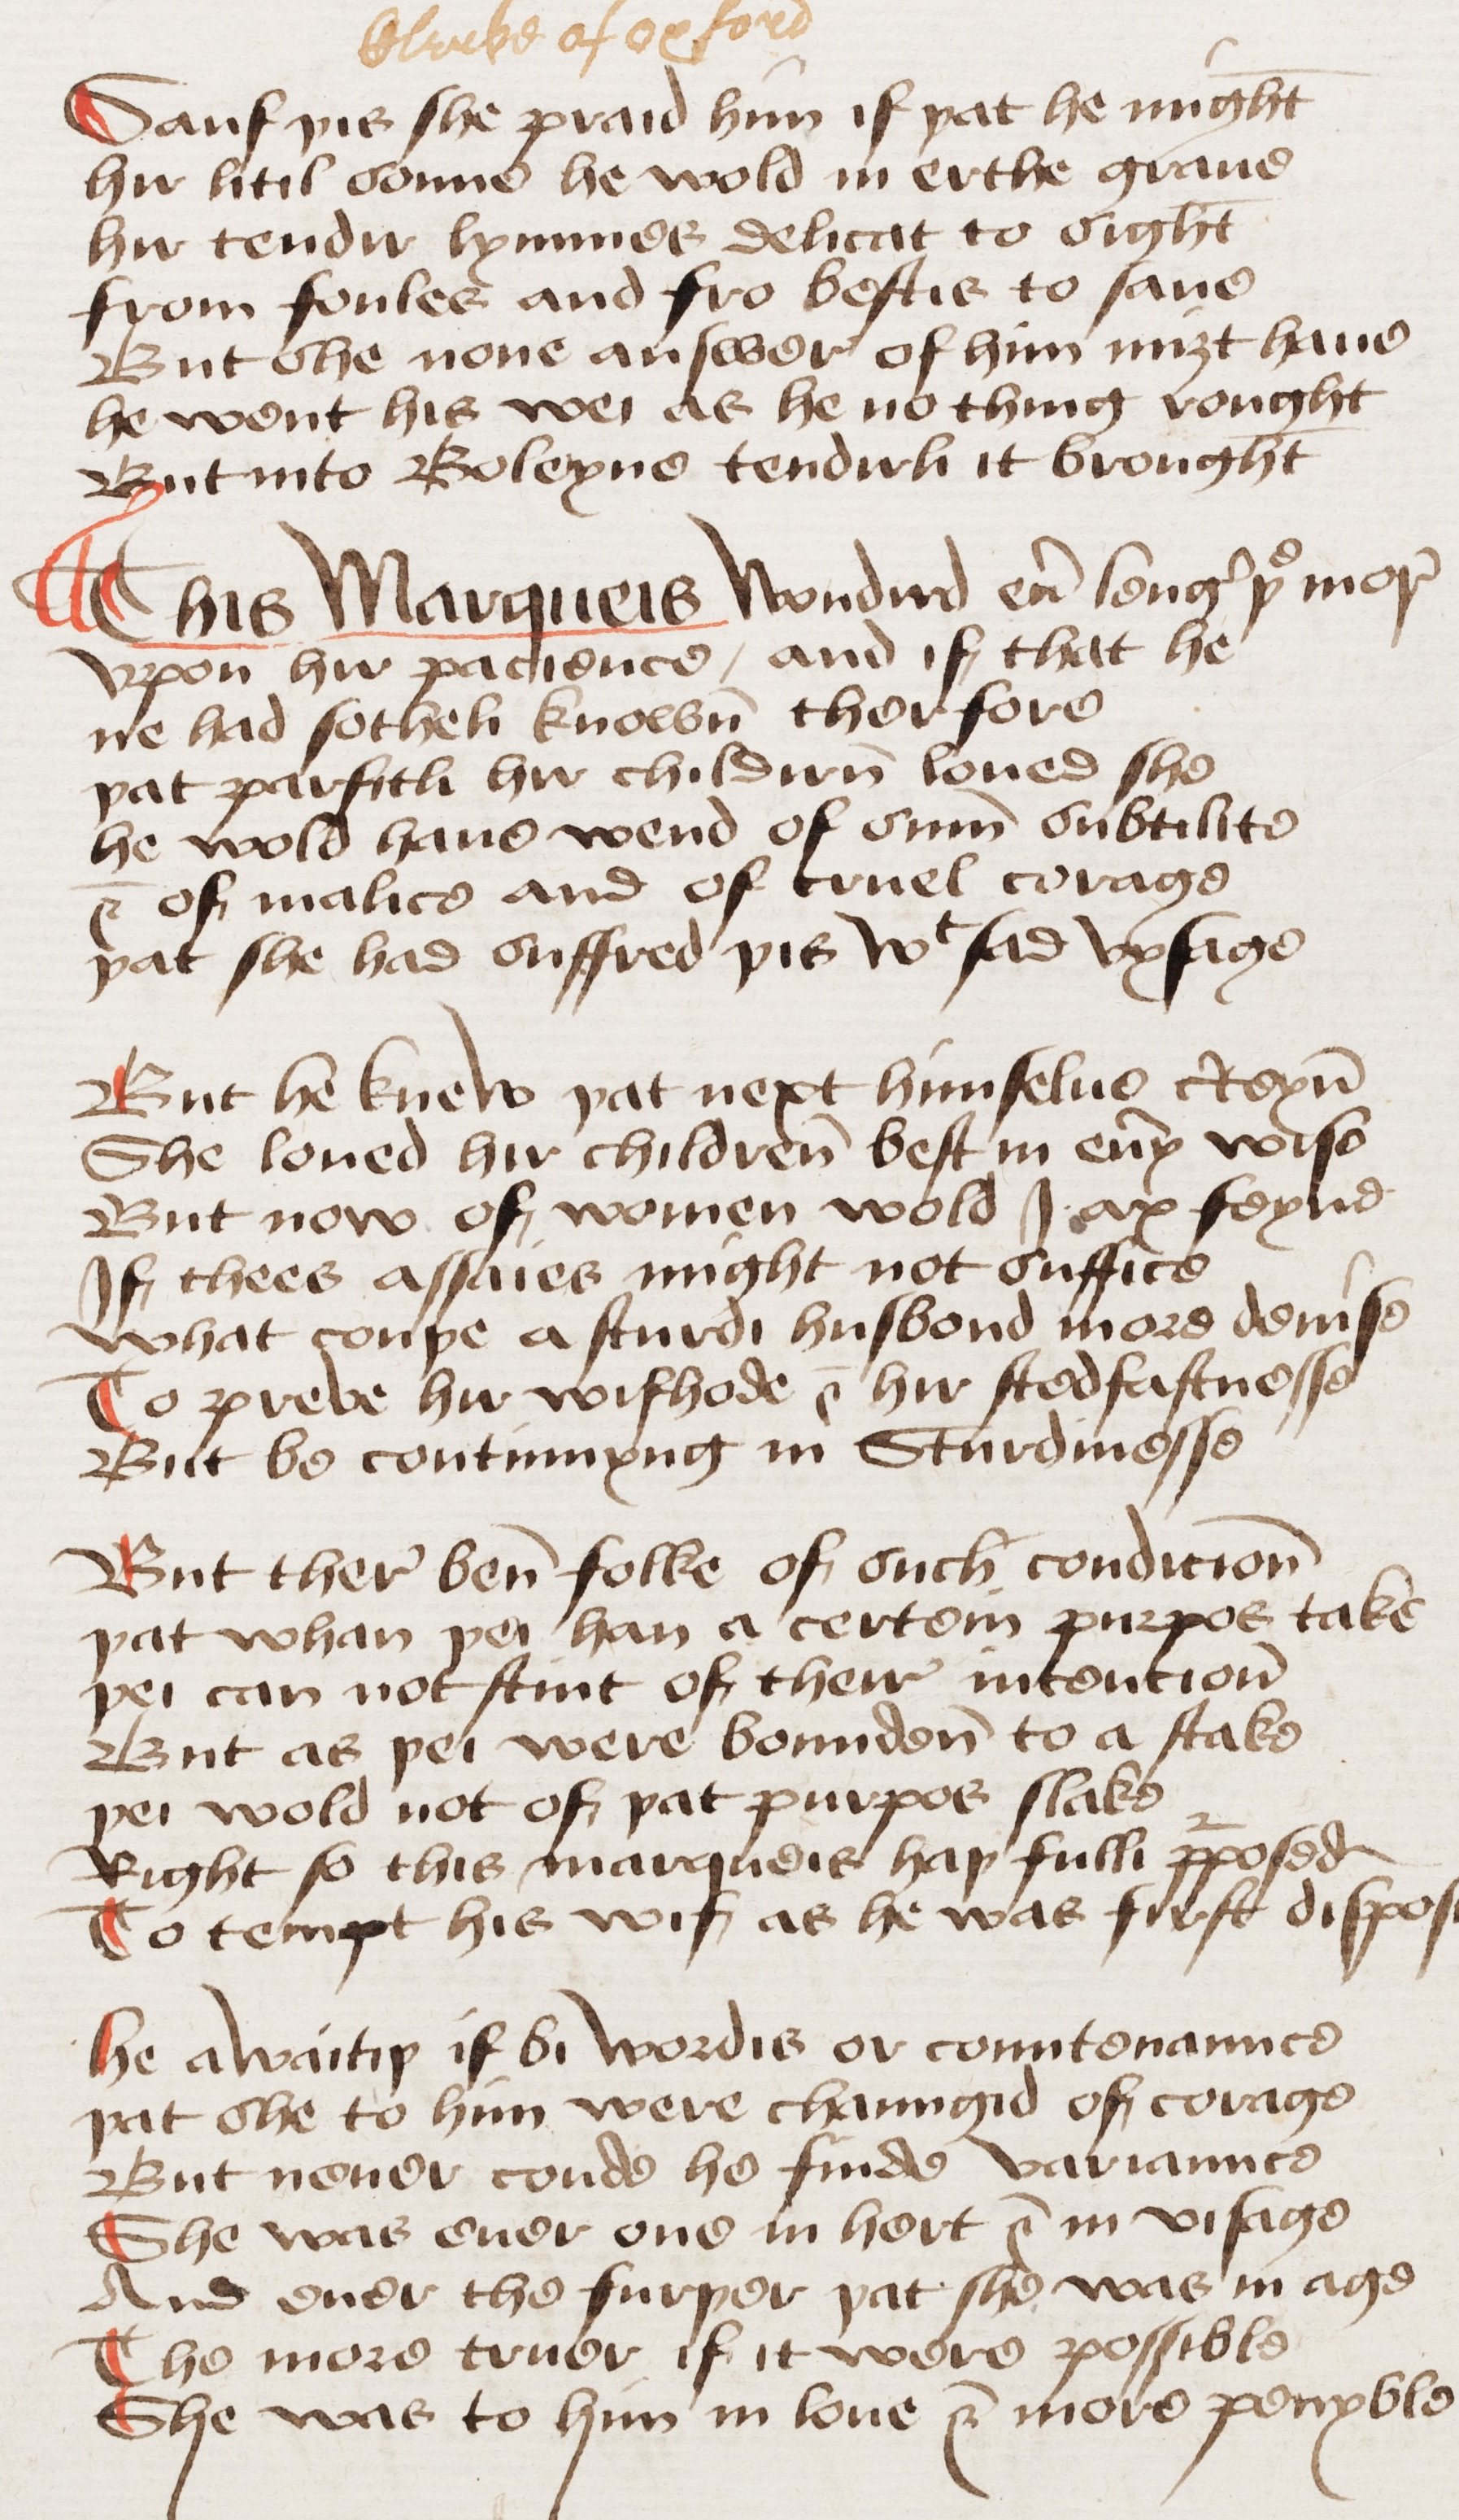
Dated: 1460–1499